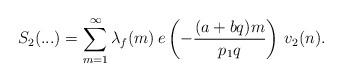
LaTeX: \begin{align*}S_2(...) = \sum_{m=1}^{\infty}\lambda_f (m)\,e\left(-\frac{(a+bq)m}{p_1q }\right)\,v_2(n).\end{align*}